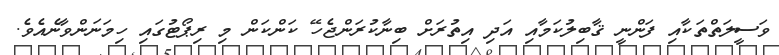
ވަސީލަތްތަކާއި ފަންނީ ޤާބިލުކަމާއި އަދި އިތުރަށް ބިނާކުރަންޖެހޭ ކަންކަން މި ރިޕޯޓުގައި ހިމަނަންވާނެއެވެ.